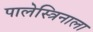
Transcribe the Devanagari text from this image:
पालेस्त्रिनाला